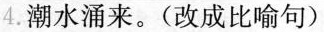
4. 潮水涌来。(改成比喻句)